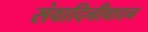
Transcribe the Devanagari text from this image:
संवादिनीवादन